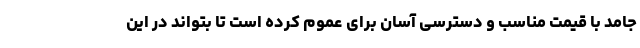
جامد با قیمت مناسب و دسترسی آسان برای عموم کرده است تا بتواند در این